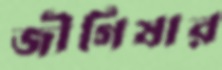
জীগিষার